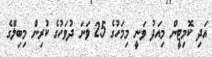
އަދި ކޮމިޓީން މިއަދު ވަނީ މިމަހުގެ 25 ވަނަ ދުވަހުގެ ކުރިން މިބިލްގެ